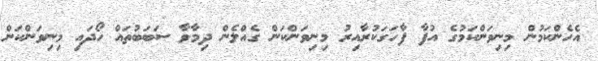
އެހެންކަމުން މިނިވަންކަމުގެ އުފާ ފާހަގަކުރާއިރު މިނިވަންކަން ގެއްލެން ދިމާވާ ސަބަބުތައް ހޯދައި މިނިވަންކަން